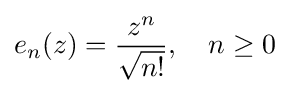
e_{n}(z)={z^{n} \over {\sqrt {n!}}},\quad n\geq 0